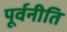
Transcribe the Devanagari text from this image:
पूर्वनीति